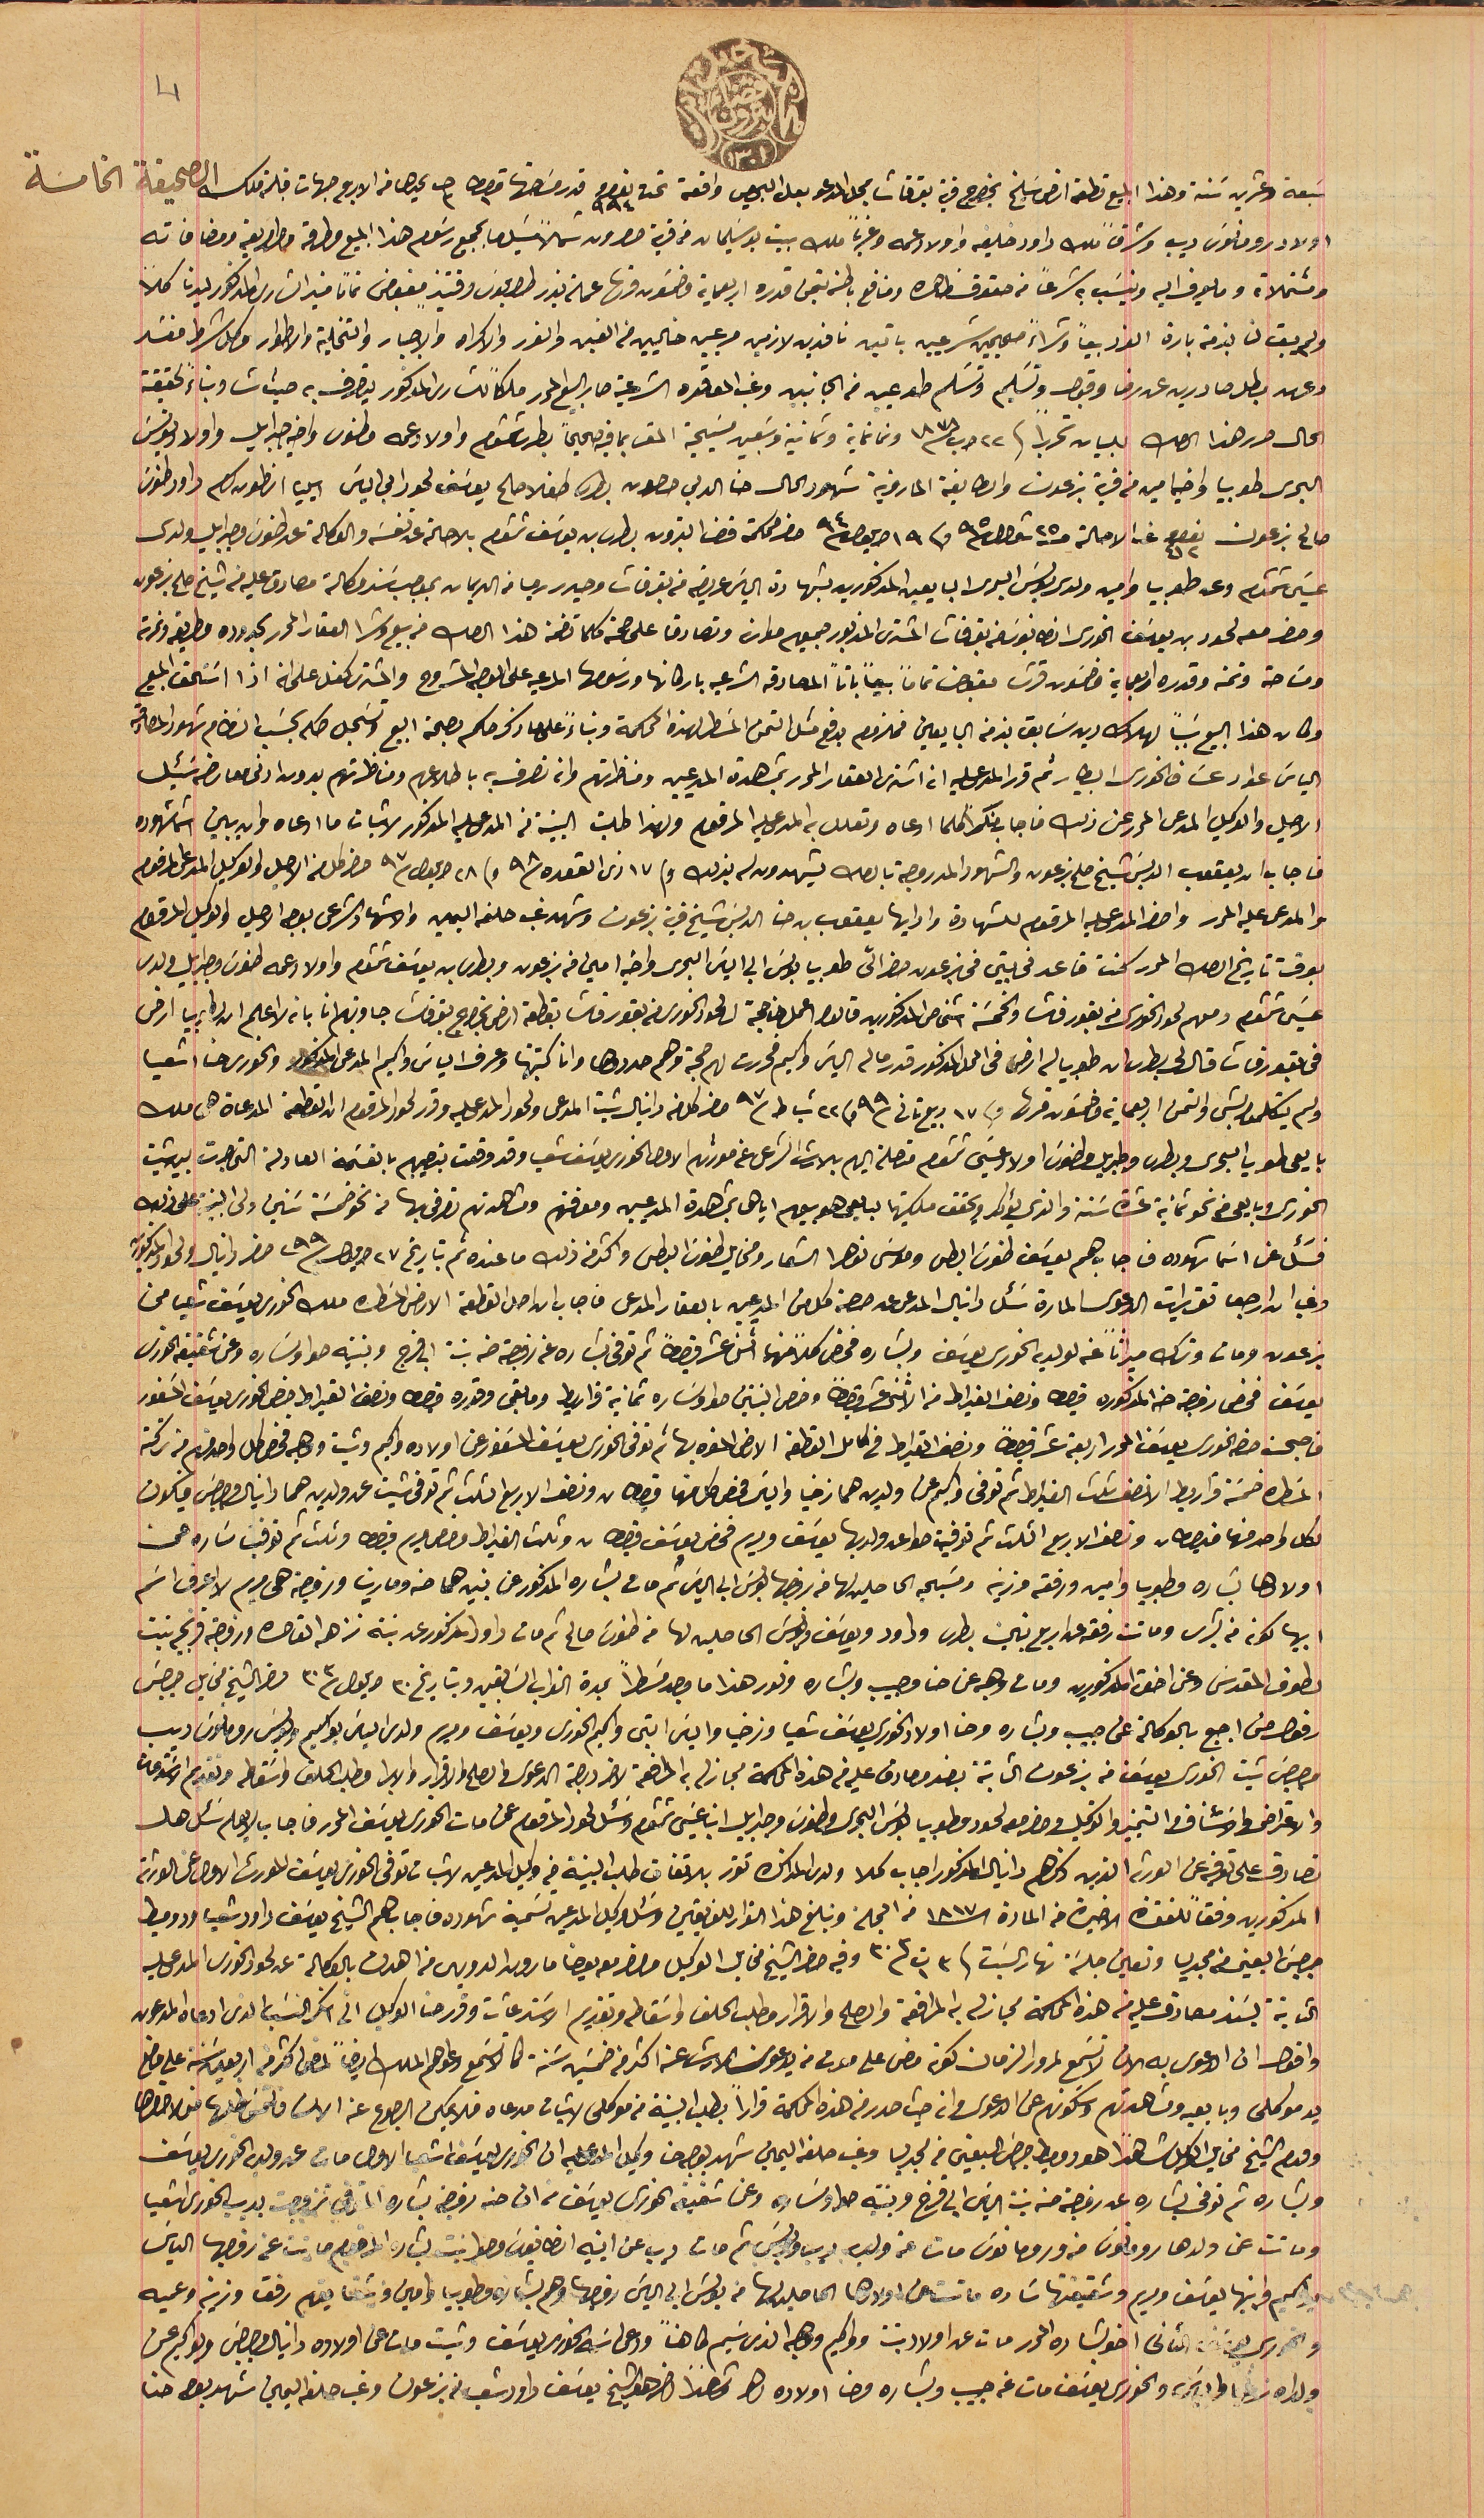
سَبعة وعشرين سَنة وهذا المبيع قطعة ارض سَليخ بخراج قرية بقرقاشا بمحل المدعو بعل البحيص واقعة تحت نمرو ٩٩٤ قدر مسَاحتها قيراط ١ حبه ٢ يحدها من الاربع جهات قبلة ملك
اولاد رومانوسَ ديب وشرقاً ملك داود خليفه واولاد عمه وغرباً ملك بيت بوسَليمان من قرية حصرون شمالاً يسَد ما بجميع رسَوم هذا المبيع وطرقه وطرايقه ومضافاته
ومشتملاته وما يعرف اليه وينسَب به شرعاً من حقوق ظاهره ومنافع باطنه بتمن قدره اربعماية مضمون منها عملة بندر طرابلوسَ وقتيذٍ مقبوض تماماً فيه الشارى المذكور ليدنا كلاً
ولم يبق لنا بذمته بارة النرد بيعاً وشراءً صحيحين شرعيين باتين نافدين لازمين مرعيين خاليين من الغبن والغرر والاكراه والاجبار والتخلية والاطوار وكل شرط فسَد
وعهد بطل صادرين عن رضا وقبول وتسَليم وتسَلم طوعيين من الجانب وغب المعاقده الشرعية صار البيع المحرر ملكاً للشارى المذكور يتصرف به حيث شا وبناءً لحقيقة
الحال حرر هذا الصك للبيان تحريراً فى ٢٢ آب سنة ١٨٧٨ وتمانماية وتمانية وسَبعين مسَيحية المقر بما فيه صحيحاً بطرس شمشوم واولاد عمه مطنوس واخيه جبرايل واولاد يونسَ
البحرى طوبيا واخيه امين من قرية بزعون والطايفة المارونية شهود الحال حنا الدلبى حصون بطرس طفلا صالح يوسَف لحود ابى الياسَ ايليا انطون كرم داود طنوسَ
صالح بزعون نمرو ٤١٢ غب الاحالة حبه ٢٥ قيراط سنة ٩٥ و فى ١٩ ايلول سنة ٩٤ حضر محكمة قضا البترون بطرس بن يوسَف شمشوم بالاصالة عن نفسَه والوكالة عن طنوسَ وجبرايل ولدى
عيسىَ شمشوم وعن طوبيا وامين ولدى بولسَ البحرى البايعين المذكورين بشهادة الياسَ عريضه من بقرقاشا وحيدر رجا من الديمان بموجب سَند وكالة مصادق عليه من شيخ صلح بزعون
وحضر معه لحود بن يوسَف الخورى انطانيوسَ من بقرقاشا المشترى المذكور جميعهم موارنه وتصادق على صحة وكلما تضمنه هذا الصك من بيع وشرا العقار المحرر بحدوده مطابقه ونمرته
ومسَاحته وتمنه وقدره اربعماية وخمسَون قرش مقبوض تماماً بيعاً باتاً المصادقه الشرعيه باركانها ورسَومها المرعيه على الوجه المشروح والمشترى كفل على انه اذا اسَتحق المبيع
 وكان هذا البيع سَبباً لهلاك دين سَابق بذمة البايعين فملزوم بدفع متل التمن المسَطر لهذه المحكمة وبناءً على ما ذكر حكم بصحة البيع وتسَجل صكه بحسَب النظام شهود المصادقة
الياسَ عواد عسَاف الخورى البيطار ثم قرر المدعى عليه انه اشترى العقار المحرر بمشاهدة المدعيين ومناظرتهم وانه تصرف به باطلاعهم ومناظرتهم بدون ادنى معارضه سَئِل
 فاجاب ان يعقوب الدبسَ شيخ صلح بزعون والشهود المدروجة بالصك يشهدون له بذلك وفى ١٧ ذى القعده سنة ٩٨ وفى ٢٨ ايلول سنة ٩٧ حضر كل من الاصيل والوكيل المدعى المرقوم
 والمدعى عليه المحرر واحضر المدعى عليه المرقوم للشهادة من رايها يعقوب بن حنا الدبسَ شيخ قرية بزعون وشهد غب حلفه اليمين والاشهاد الشرعى بوجه الاصيل والوكيل المرقوم
بوقت تاريخ الصك المحرر كنت قاعد فى بيتى فى بزعون حضر الىّ طوبيا بولسَ ابى الياسَ البحرى واخيه امين من بزعون وبطرسَ بن يوسَف شمشوم واولاد عمه طنوسَ وجبرايل ولدى
عيسَى شمشوم ومعهم لحود الخورى من بقورقاشا والخمسَة اشخاص المذكورين قالوا اعمل لنا حجة الى لحود الخورى من بقورقاشا بقطعة ارض بخراج بقرقاشا جاوبتهم انا بانه لا اعلم ان لطوبيا ارض
في بقورقاشا قال لى بطرسَ ان طوبيا له ارض فى المحل المذكور قدر ما له الياسَ واكيم فحررت لهم حجة وهم حددوها وان كتبتها وعرف الياسَ واكيم المدعى المذكور والخورى حنا اشعيا
ولم يتكلمو بشى والتمن اربعماية وخمسَون قرش وفى ١٧ ربيع تانى سنة ٩٩ وفى ٢٢ شباط سنة ٩٧ حضر كل من دانيال شيت المدعى ولحود المدعى عليه وقرر لحود المرقوم ان القطعة المدعاة هى ملك
بايعها طوبيا البحرى وبطرس وجبرايل وطنوسَ اولاد عيسَى شمشوم متصلة اليهم بالارث الشرعى عن مورثهم الاول الخورى يوسَف شعيا وقد وقعت بنصيبهم بالقسَمة العادلة التى جرت بين شيت
الخورى وبايعى من نحو ثمانية عشرة سَنة والذي يؤكد ويحقق ملكيتها لبايعى هو بيعهم اياها بمشاهدة المدعيين ومعرفتهم ومشاهدتهم تصرفى بها من نحو خمسَة سَنين ولى البينة على ذلك
فسَئل عن اسَما شهوده فاجاب هم يوسَف طنوسَ البطى وموسَى نوهرا الشمار ومخايل طنوسَ البطى واكثر من ذلك ما عنده تم بتاريخ ٢٧ ايلول سنة ٢٩٩ حضر دانيال ولحود المذكور
وفى ان ارجو تقريرات الدعوى المارة سَئل دانيال المدعى عن حصة كل من المدعيين بالعقار المدعى فاجاب ان صك القطعة الارض المسَطره ملك الخوري يوسَف شعيا من
بزعون ومات وترك ميراثاً عنه لولديه الخورى يوسَف وبشاره فخص كلاً منهما اثنى عشر قيراطاً ثم توفى بشاره عنه زوجته حنه بنت ابى فرج وبنتيه حوا وسَاره وعن شقيقه الخورى
 يوسَف فخص زوجته حنا المذكوره قيراط ونصف القيراط من الاثنى عشر قيراطاً وخص البنتين حوا وسَاره ثمانية قراريط وما بقى وقدره قيراط ونصف القيراط خص الخورى يوسَف المسَفور
فاصبحت حصة الخوري يوسَف المحرر اربعة عشر قيراطاً ونصف القيراط في كامل القطعة الارض  المنوه بها ثم توفى الخورى يوسَف المسَفور عن اولاده واكيم وشيت ووهبه فخص كل واحد منهم من تركته
المسَطره خمسَة قراريط الا نصف ثلث القيراط ثم توفى واكيم عن ولدين هما زخيا والياسَ فخص كل منهما قيراطان ونصف الا ربع الثلث ثم توفى شيت عن ولدين هما دانيال وجرجسَ فيكون
 لكل واحد منها قيراطان ونصف الا ربع الثلث ثم توفيت حوا عن ولديها يوسَف ومريم فخص يوسَف قيراطان وثلث القيراط وخص مريم قيراط وثلث ثم توفيت سَاره عن
اولادها بشاره وطوبيا وامين ورفقه وزينه ومسَيحيه الحاصلين لها من زوجها بولسَ ابى الياسَ ثم مات بشاره المذكور بنين هما حنه ومارتا وزوجته هى مريم لا اعرف اسَم
ابيها لكونه من بشرى وماتت رفقه عن اربع بنين بطرس وداود ويوسَف ويونسَ الحاصلين لها من طنوسَ صالح ثم مات داود المذكور عن بنته نزهه القاصره وزوجته فرنجيه بنت
لطوف المقدسَ وعن اخت المذكورين ومات وهبه عن حنا وحبيب وبشاره ونور هذا ما وجد مسَطراً بمدة القراب السَابقين وبتاريخ ٣٠ ايلول سنة ٣٠٣ حضر الشيخ مخايل جرجسَ
رفول من اجبع بالوكالة عن حبيب وبشاره وحنا اولاد الخورى يوسَف شعيا وزخيا والياسَ ابنى واكيم الخورى ويوسَف ومريم ولدى الياسَ يواكيم وبولسَ رومانوسَ ديب
وجرجسَ شيت الخورى يوسَف من بزعون الثابتة بسند مصادق عليه فى هذه المحكمة مجاز له به المرافعة لاخر درجة الدعوى فى الصلح والاقرار والابرار وطلب الحلف واسَقاط وتقديم الاسَتدعات
والاعتراض والاسَتئناف والتمييز والتوكيل وحضر معه لحود وطوبيا بولسَ البحرى وطنوسَ وجبرايل ابن عيسَى شمشوم وسَئل لحود المرقوم عن ممات الخورى يوسَف المحرر فاجاب لا يعلم سَئل هل
تصادق على تعرفيه عن الورثه الذين ذكرهم دانيال المذكور اجاب كلا ولدى المذاكره تقرر بالاتفاق طلب البينة من وكيل المدعين لاثبات توفى الخوري يوسَف المورث الاول عن الورثة
المذكورين وفقاً للفقرة الاخيرة من المادة الـ ١٨١٧ من المجلة وتبلغ هذا القرار للفريقين وسَئل وكيل المدعين تسَمية شهود فاجابهم الشيخ يوسَف داود شعيا ودوميط
جرجسَ البعينى من مجدليا وتعين جلسَة نهار السَبت فى ٣ ت١ سنة ٣٠٣ وفيه حضر الشيخ مخايل الوكيل وحضر معه يوحنا مارون الدويهى من اهدن بالوكالة عن لحود الخورى المدعى عليه
الثابتة بسَند مصادق عليه من هذه المحاكمة مجاز له به المرافعة والصلح والاقرار وطلب الحلف واسَقاطه وتقديم الاسَتدعآت وقرر حنا الوكيل الى انكر النسَب الذى ادعاه المدعون
واقوال ان الدعوى به الان لا تسَمع لمرور الزمان كونه مضى على موت من يدعون الارث عنه اكثر من خمسَين سَنة كما لا تسَمع دعواهم الملك ايضاً لمضى اكثر من اربعينَ سَنة على وضع
يد موكلى وبايعيه ومشاهدتهم وسَكونهم عن الدعوى وان حيث صدر من هذه المحاكمة قراراً بطلب البينة من موكلى لاثبات مدعاه فلا يمكن الرجوع عنه الان فالتمسَ طلبها منها لاحضارها
وبشاره ثم توفى بشاره عن زوجته حنه بنت الياسَ ابى قزح وبنتيه حنه وسَاره وعن شقيق الخورى يوسَف من ان حنه زوجة بشاره المتوفى تزوجت بديب الخورى اشعيا
 وماتت عن ولدها رومانوسَ منه ورومانوسَ مات عن ولده ديب وبولسَ ثم مات ديب عن ابنيه انطانيوسَ وحوا بنت بشاره المرحوم ماتت عن زوجها الياسَ
واكيم وابنيها يوسَف ومريم وشقيقها سَاره ماتت عن اولادها الحاصلين لها من بولسَ ابن الياسَ زوجها وهم بشاره وطوبيا وامين وشقايقهم رفقا وزينه وعميه
والخوري يوسَف الثانى اخو بشاره المحرر مات عن اولاد بنت وواكيم وهبه الذى سَيم كاهناً ودعى اسَمه الخورى يوسَف وشيت مات عن اولاده دانيال وبصيبصَ ويواكيم عن
ولداه زكريا والياسَ والخورى يوسَف مات عنه حبيب وبشاره وحنا اولاده الخ وشاهداً اخر هو الشيخ يوسَف داود شعيا من بزعون وغب حلفه اليمين شهد بوجه حنا
محكمة بدايت قضاء بترون ١٣٠١
4
الاصيل والوكيل المدعى المحرر عن ذلك فاجاب منكراً كلما ادعاه وتعلل به المدعى عليه المرقوم ولهذا طلبت البينة من المدعى عليه المذكور لاثبات ما ادعاه وان يبين اسَما شهوده
و قدم الشيخ مخايل الوكيل شاهداً هو دوميط جرجسَ البعينى من مجدليا وغب حلفه اليمين شهد بوجه حنا وكيل المدعى عليه ان الخوري يوسَف اشعيا الاول مات عن ولديه الخوري يوسَف
الصحيفة الخامسة